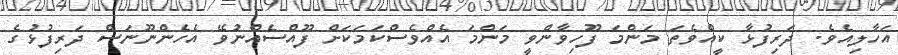
އަހާލިއެވެ. ދަރިފުޅާ ކީއްވެތަ މަންމަ ފޫހިވާންވީ މަންމަ އެއްވެސްކަމަކަށް ފޫއްސެއްނުވޭ އެހެންނޫނަސް ދަރިފުޅުގެ